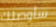
سأوصلك